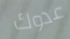
عدوك